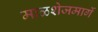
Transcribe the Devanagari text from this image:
माळशेजमार्गे